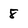
Character: 8